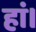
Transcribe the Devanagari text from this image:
हां।